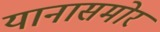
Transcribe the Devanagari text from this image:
यानासमोर